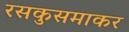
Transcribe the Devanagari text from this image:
रसकुसमाकर